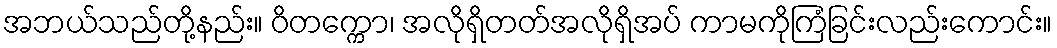
အဘယ်သည်တို့နည်း။ ဝိတက္ကော၊ အလိုရှိတတ်အလိုရှိအပ် ကာမကိုကြံခြင်းလည်းကောင်း။